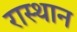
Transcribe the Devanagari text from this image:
रास्थान